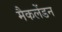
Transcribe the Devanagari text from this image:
मैकलेंडन